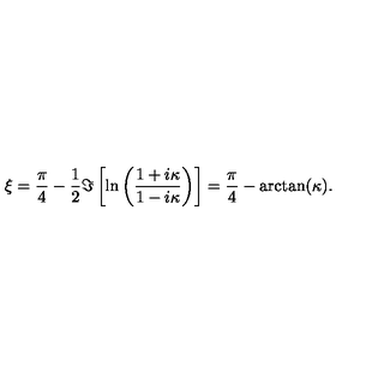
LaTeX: \xi = { \frac { \pi } { 4 } } - { \frac { 1 } { 2 } } \Im \left[ \ln \left( { \frac { 1 + i \kappa } { 1 - i \kappa } } \right) \right] = { \frac { \pi } { 4 } } - \arctan ( \kappa ) .